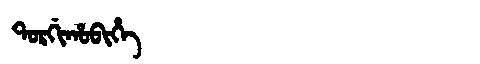
Manchu: ᡨᠣᡵᡤᡳᡥᠣᠪᡳᡥᡝ
Romanization: TORGIHOBIHE